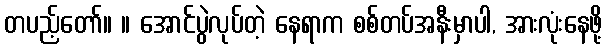
တပည့်တော်။ ။ အောင်ပွဲလုပ်တဲ့ နေရာက စစ်တပ်အနီးမှာပါ, အားလုံးနေဖို့